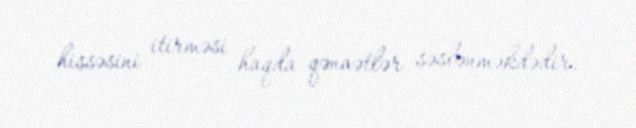
hissəsini itirməsi haqda qənaətlər səslənməkdədir.